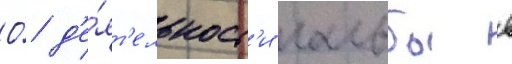
О́ д'е́ят'ельност'и гальбы в